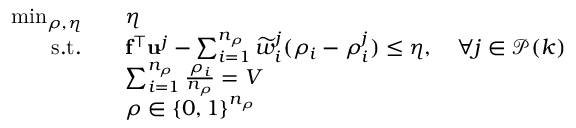
\begin{array} { r l } { \operatorname* { m i n } _ { \boldsymbol { \rho } , \eta } } & { \quad \eta } \\ { \mathrm { s . t . } } & { \quad \mathbf { f } ^ { \intercal } \mathbf { u } ^ { j } - \sum _ { i = 1 } ^ { n _ { \rho } } \widetilde { w } _ { i } ^ { j } ( \rho _ { i } - \rho _ { i } ^ { j } ) \leq \eta , \quad \forall j \in \mathcal { P } ( k ) } \\ & { \quad \sum _ { i = 1 } ^ { n _ { \rho } } \frac { \rho _ { i } } { n _ { \rho } } = V } \\ & { \quad \boldsymbol { \rho } \in \{ 0 , 1 \} ^ { n _ { \rho } } } \end{array}